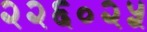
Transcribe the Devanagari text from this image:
२२६०२५